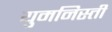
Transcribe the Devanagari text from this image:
युमनिस्ती